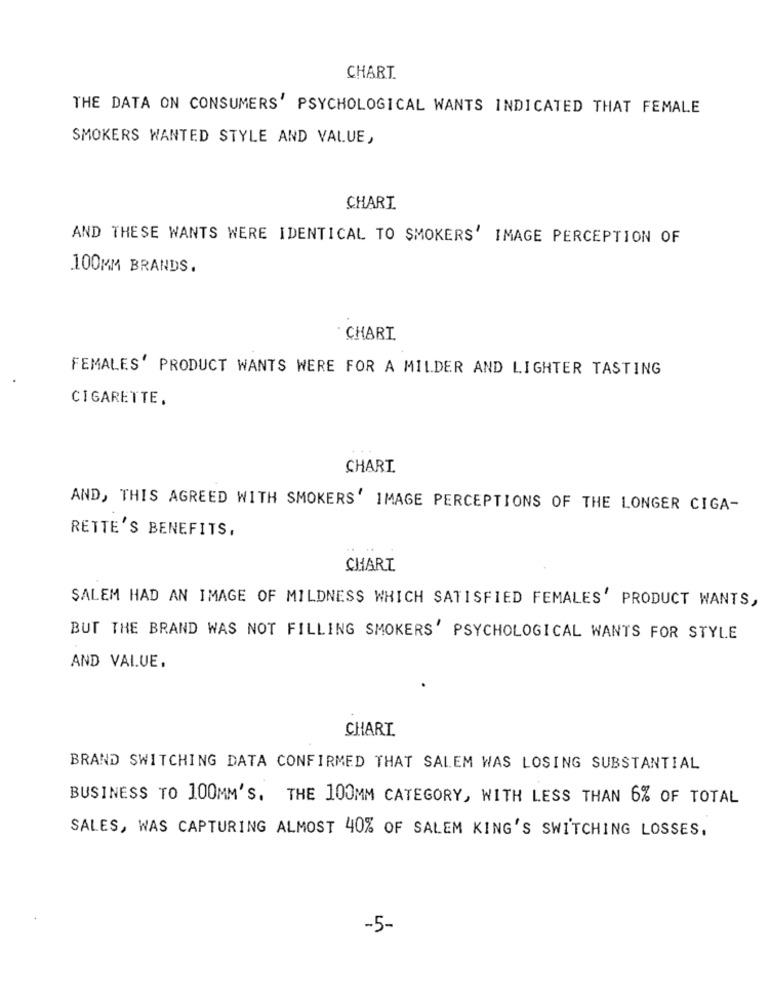
CHART.
THE DATA ON CONSUMERS' PSYCHOLOGICAL WANTS INDICATED THAT FEMALE
SMOKERS WANTED STYLE AND VALUE,
CHART
AND THESE WANTS WERE IDENTICAL TO SMOKERS' IMAGE PERCEPTION OF
100MM BRANDS.
CHART
FEMALES' PRODUCT WANTS WERE FOR A MILDER AND LIGHTER TASTING
CIGARETTE.
CHART
AND, THIS AGREED WITH SMOKERS' IMAGE PERCEPTIONS OF THE LONGER CIGA-
RETTE'S BENEFITS,
CHART
SALEM HAD AN IMAGE OF MILDNESS WHICH SATISFIED FEMALES' PRODUCT WANTS,
BUT THE BRAND WAS NOT FILLING SMOKERS' PSYCHOLOGICAL WANTS FOR STYLE
AND VALUE,
CHART
BRAND SWITCHING DATA CONFIRMED THAT SALEM WAS LOSING SUBSTANTIAL
BUSINESS TO 100MM'S. THE 100MM CATEGORY, WITH LESS THAN 6% OF TOTAL
SALES, WAS CAPTURING ALMOST 40% OF SALEM KING'S SWITCHING LOSSES,
-5-